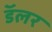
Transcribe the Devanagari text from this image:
डॅलर